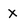
Character: x